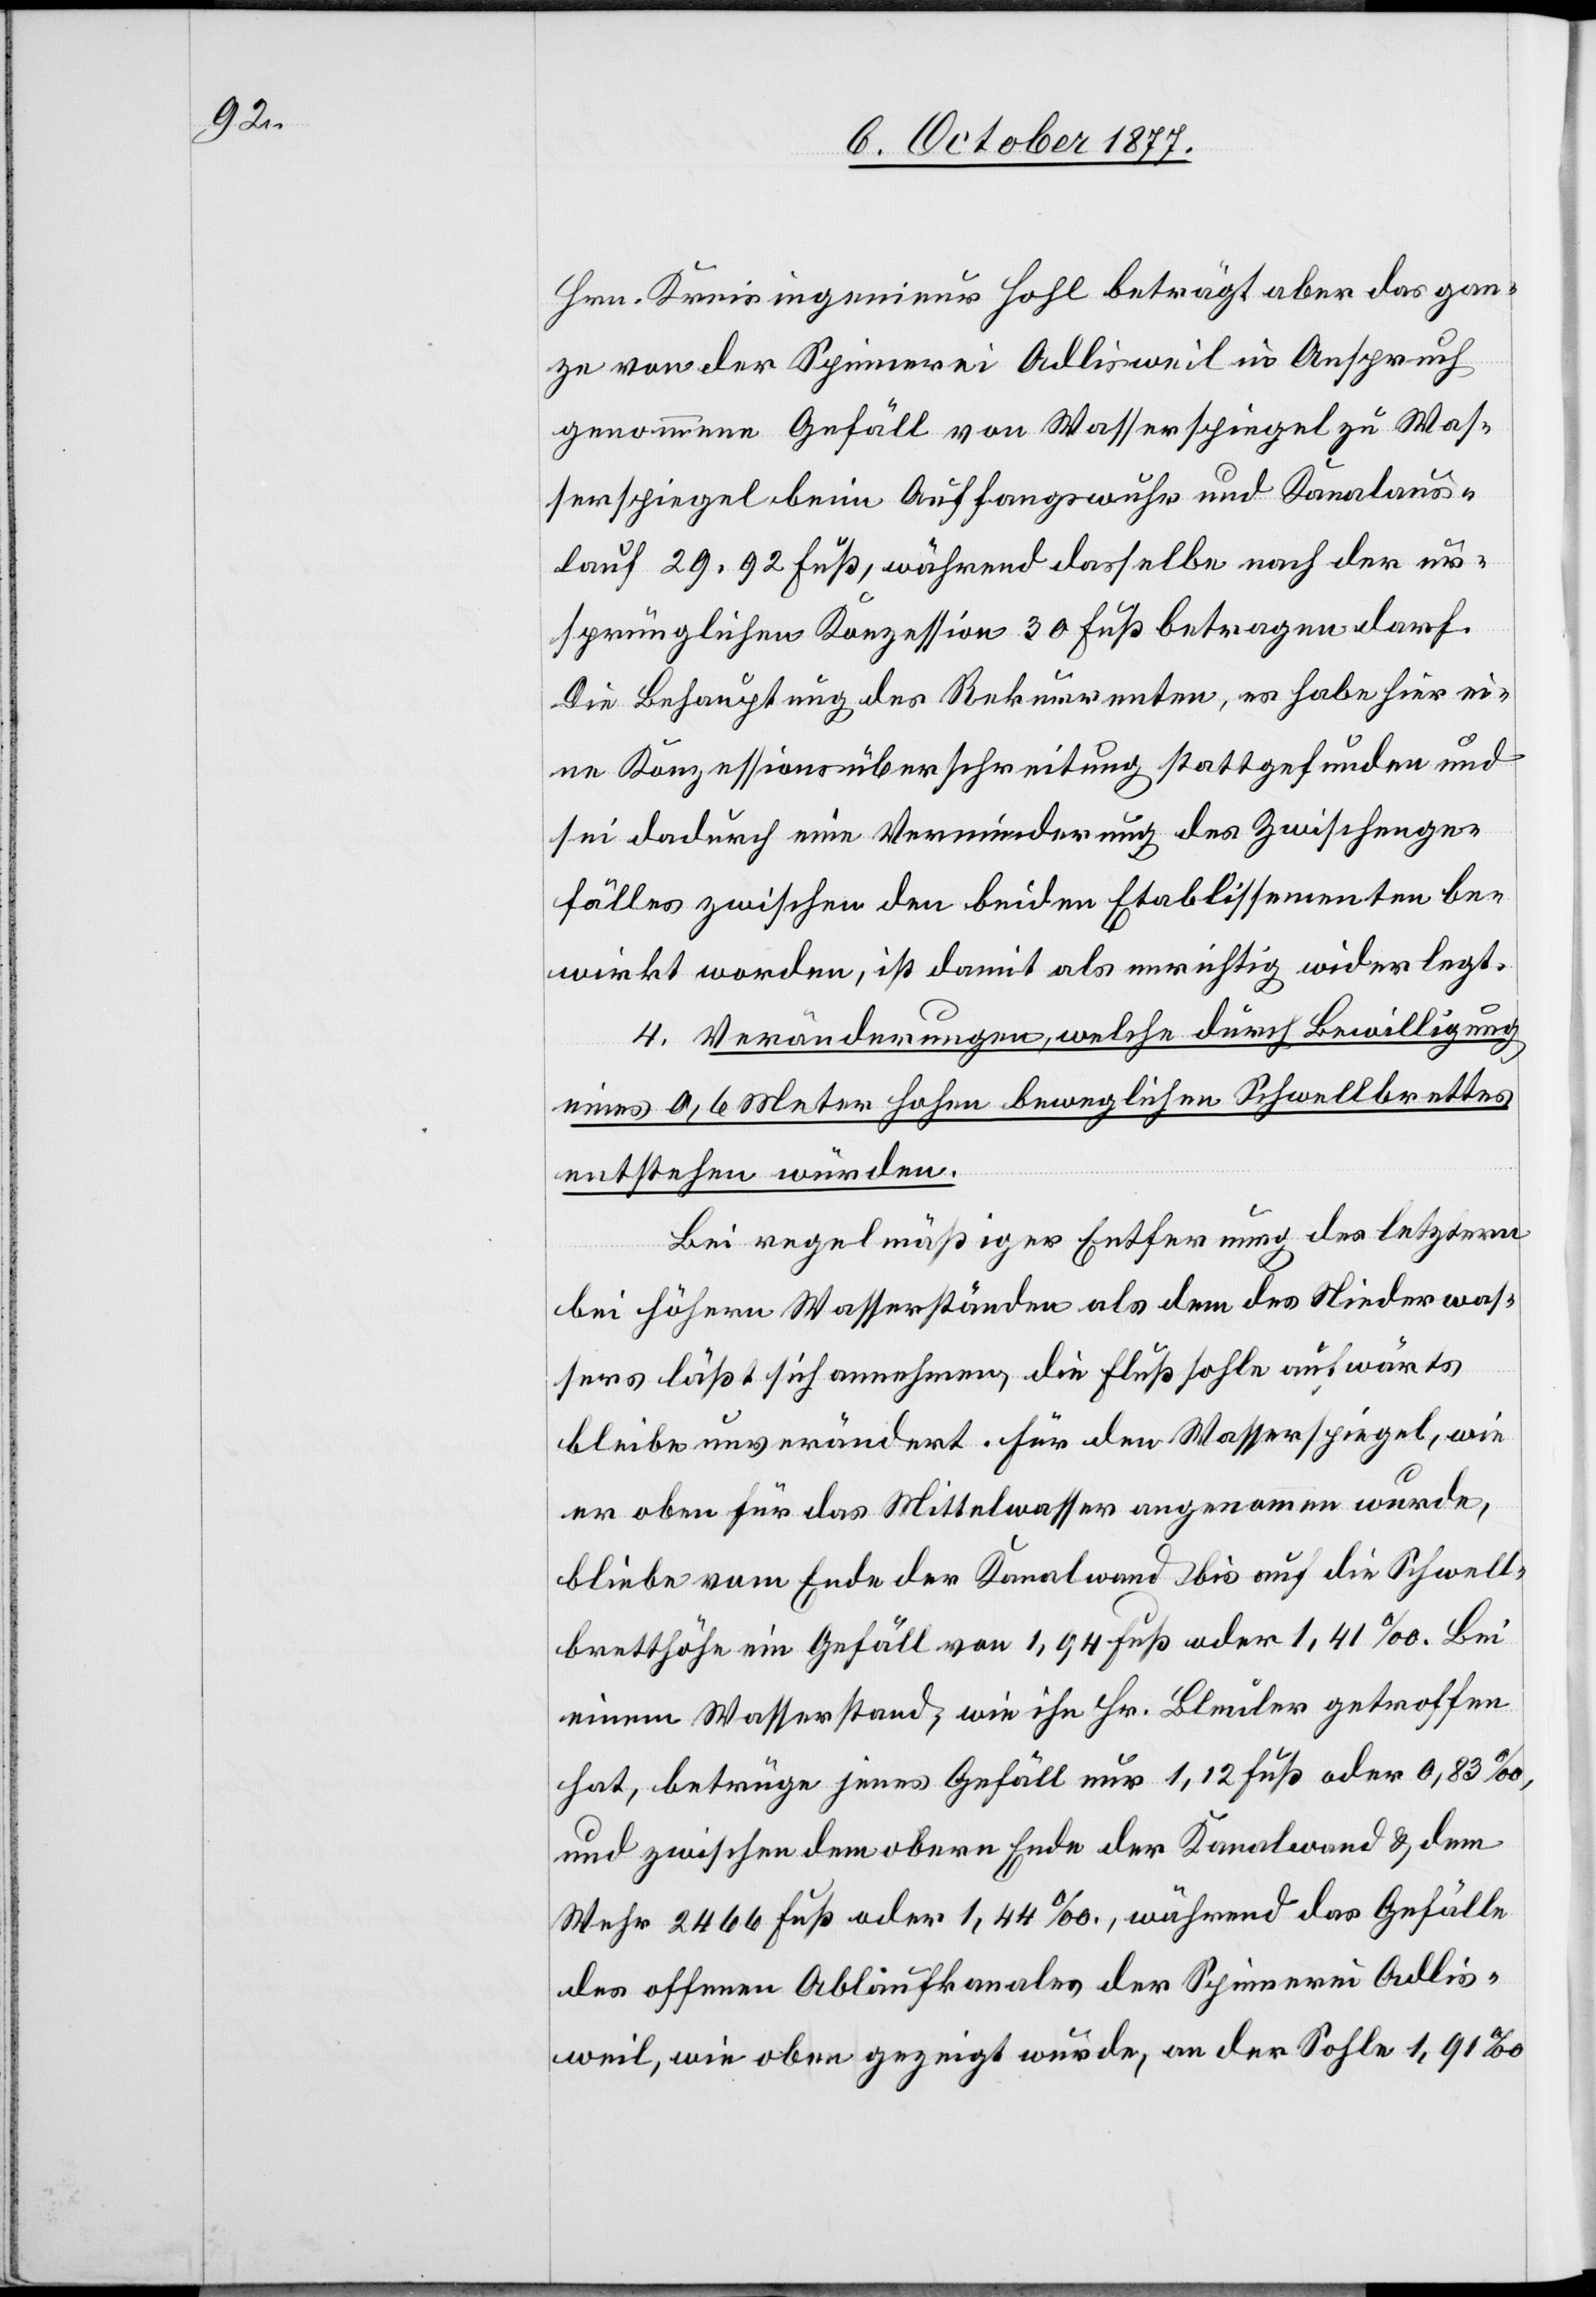
Hrn. Kreisingenieur Hohl beträgt aber das gan¬
ze von der Spinnerei Adlisweil in Anspruch
genommene Gefäll von Wasserspiegel zu Was¬
serspiegel beim Auffangswuhr und Kanalaus¬
lauf 29,92 Fuß, während dasselbe nach der ur¬
sprünglichen Konzession 30 Fuß betragen darf.
Die Behauptung des Rekurrenten, es habe hier ei¬
ne Konzessionsüberschreitung stattgefunden und
sei dadurch eine Verminderung des Zwischenge¬
fälles zwischen den beiden Etablissementen be¬
wirkt worden, ist damit als unrichtig widerlegt.
4. Veränderungen, welche durch Bewilligung
eines 0,6 Meter hohen beweglichen Schwellbrettes
entstehen würden.
Bei regelmäßiger Entfernung des letztern
bei höhern Wasserständen als dem des Niederwas¬
sers läßt sich annehmen, die Flußsohle aufwärts
bleibe unverändert. Für den Wasserspiegel, wie
er oben für das Mittelwasser angenommen wurde,
bliebe vom Ende der Kanalwand bis auf die Schwell¬
bretthöhe ein Gefäll von 1,94 Fuß oder 1,41‰. Bei
einem Wasserstand, wie ihn Hr. Bleuler getroffen
hat, betrüge jenes Gefäll nur 1,12 Fuß oder 0,83‰,
und zwischen dem obern Ende der Kanalwand & dem
Wehr 2466 Fuß oder 1,44‰, während das Gefälle
des offenen Ablaufkanales der Spinnerei Adlis¬
weil, wie oben gezeigt wurde, an der Sohle 1,91‰